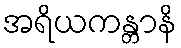
အရိယကန္တာနိ